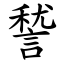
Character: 諬